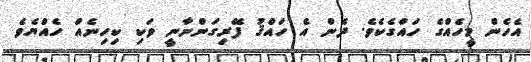
އެހެން މީހެއްގެ ހައްގެކެވެ. ދެން އެ ހައްޤު ފޭރިގަންނާނީ ވަކި ކިހިނެއް ހެއްޔެވެ